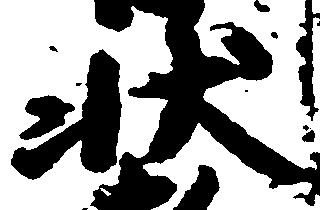
状